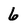
Character: 6